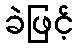
ခဲဖြင့်